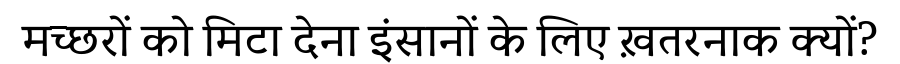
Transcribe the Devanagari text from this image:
मच्छरों को मिटा देना इंसानों के लिए ख़तरनाक क्यों?